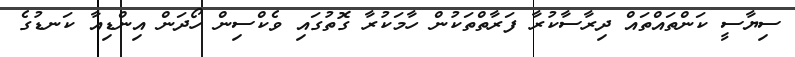
ސިޔާސީ ކަންތައްތައް ދިރާސާކުރާ ފަރާތްތަކުން ހާމަކުރާ ގޮތުގައި ވެކްސިން ހޯދަން އިންޑިއާ ކަނޑުގެ